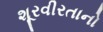
શૂરવીરતાનો